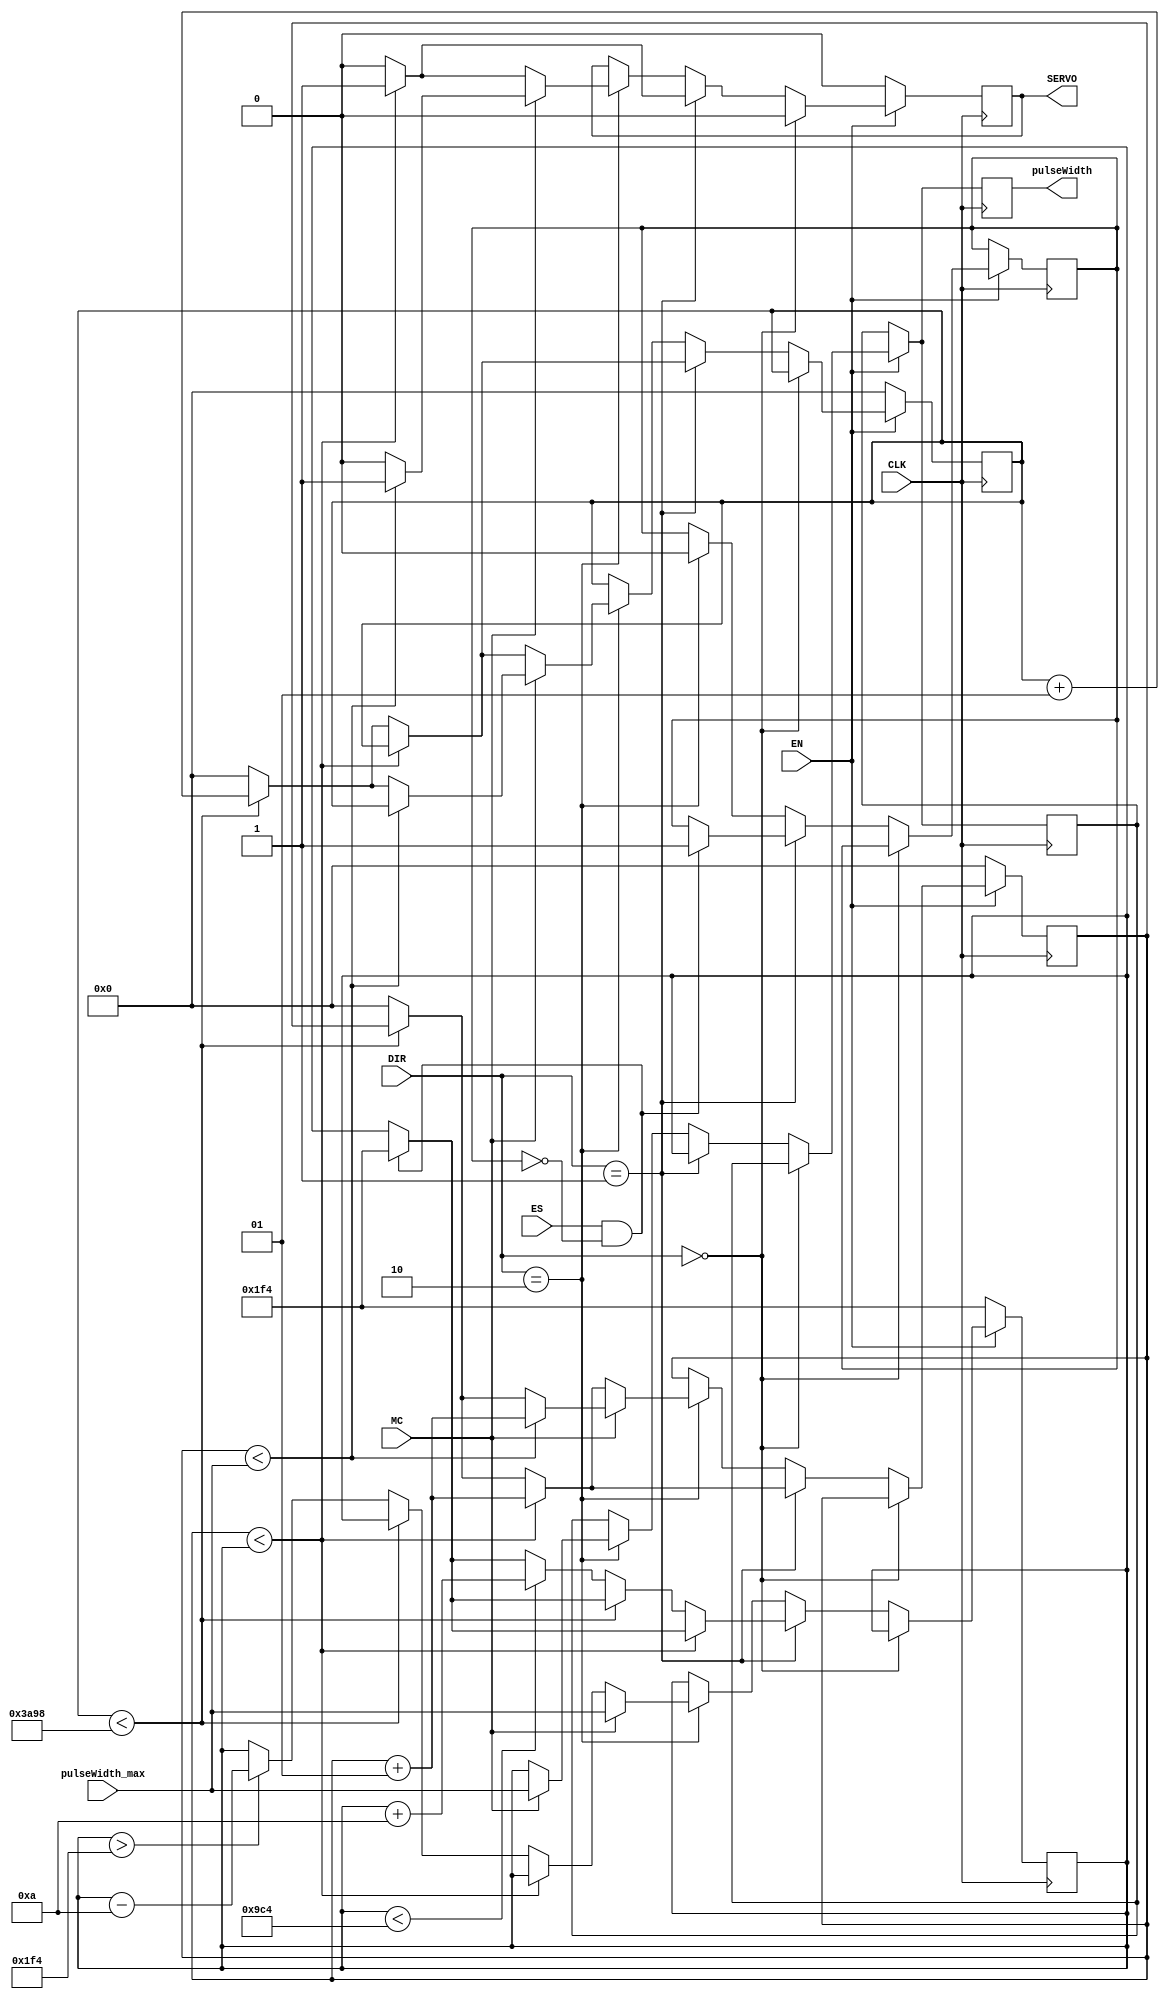
`timescale 1ns / 100ps

module pwm_control(
   input wire CLK,
   // input wire RST,
   input wire [1:0] DIR,
   input wire EN,
   input wire MC,
   input wire ES, // enable sweep state FSM (HS or VS)
   input wire [31:0] pulseWidth_max,
   output reg [31:0] pulseWidth,
   // output reg PWM_limit_cw,
   output reg SERVO
);

parameter integer minPulseWidth = 500;
// parameter integer maxPulseWidth = 2500;
parameter integer inc_dec_interval = 10;

integer th_cntr = 0;
integer tl_cntr = 0;

reg tmp_flag = 1'b0;
integer tmp_th = minPulseWidth;
integer tmp_th_cw = minPulseWidth;
// integer tmp_th_ccw = maxPulseWidth;
integer time_low = 15000;

always @(posedge CLK) begin
   pulseWidth <= tmp_th;
   // PWM_limit_cw <= 1'b0;
   if (EN == 1'b1) begin
      if (DIR == 2'b00) begin
         SERVO <= 1'b0;
      end
      else if (DIR == 2'b01) begin
         if (ES == 1'b1 && tmp_flag == 1'b0) begin
            tmp_th_cw <= minPulseWidth;
            tmp_flag <= 1'b1;
         end 

         if (th_cntr < tmp_th_cw) begin
            th_cntr <= th_cntr + 1 ;
            SERVO <= 1'b1 ;
            tmp_th <= tmp_th_cw;
            // $display("tmp_th =",tmp_th);
            pulseWidth <= tmp_th_cw;
         end
         else if (tl_cntr < time_low) begin
            tl_cntr <= tl_cntr + 1 ;
            SERVO <= 1'b0 ;
            tmp_th <= tmp_th_cw;
            // $display("tmp_th =",tmp_th);
            pulseWidth <= tmp_th_cw;
         end
         else begin
            if (tmp_th_cw < 2500) begin
               tl_cntr <= 0 ;
               th_cntr <= 0 ;
               SERVO <= 1'b0 ;
               tmp_th <= tmp_th_cw;
               // $display("tmp_th =",tmp_th);
               pulseWidth <= tmp_th_cw;
               tmp_th_cw <= tmp_th_cw + inc_dec_interval;
            end
            else begin 
               tl_cntr <= 0 ;
               th_cntr <= 0 ;
               SERVO <= 1'b0 ;
               tmp_th <= tmp_th_cw;
               // $display("tmp_th =",tmp_th);
               pulseWidth <= tmp_th_cw;
            end
         end
      end
      else if (DIR == 2'b10) begin
            tmp_flag <= 1'b0;
         if (MC == 1'b1) begin
            if (th_cntr < pulseWidth_max) begin
               // PWM_limit_cw <= 1'b1;
               th_cntr <= th_cntr + 1 ;
               SERVO <= 1'b1 ;
               $display("pulseWidth_max = ",pulseWidth_max);
               pulseWidth <= pulseWidth_max;
               tmp_th_cw <= pulseWidth_max;
               tmp_th <= pulseWidth_max;
            end
            else if (tl_cntr < time_low) begin
               // PWM_limit_cw <= 1'b1;
               tl_cntr <= tl_cntr + 1 ;
               SERVO <= 1'b0 ;
               $display("pulseWidth_max = ",pulseWidth_max);
               pulseWidth <= pulseWidth_max;
               tmp_th_cw <= pulseWidth_max;
               tmp_th <= pulseWidth_max;
            end
            else begin
               tl_cntr <= 0 ;
               th_cntr <= 0 ;
               SERVO <= 1'b0 ;
               $display("pulseWidth_max = ",pulseWidth_max);
               pulseWidth <= pulseWidth_max;
               tmp_th_cw <= pulseWidth_max;
               tmp_th <= pulseWidth_max;
               // PWM_limit_cw <= 1'b0;
            end

         end
         else if (th_cntr < tmp_th_cw) begin
            th_cntr <= th_cntr + 1 ;
            SERVO <= 1'b1 ;
            tmp_th <= tmp_th_cw;
            $display("tmp_th =",tmp_th);
            pulseWidth <= tmp_th_cw;
         end
         else if (tl_cntr < time_low) begin
            tl_cntr <= tl_cntr + 1 ;
            SERVO <= 1'b0 ;
            tmp_th <= tmp_th_cw;
            $display("tmp_th =",tmp_th);
            pulseWidth <= tmp_th_cw;
         end
         else begin
            if (tmp_th_cw > 500) begin
               tl_cntr <= 0 ;
               th_cntr <= 0 ;
               SERVO <= 1'b0 ;
               tmp_th <= tmp_th_cw;
               $display("tmp_th =",tmp_th);
               pulseWidth <= tmp_th_cw;
               tmp_th_cw <= tmp_th_cw - inc_dec_interval;
            end
            else begin
               tl_cntr <= 0 ;
               th_cntr <= 0 ;
               SERVO <= 1'b0 ;
               tmp_th <= tmp_th_cw;
               $display("tmp_th =",tmp_th);
               pulseWidth <= tmp_th_cw;
            end
         end
      end
   end
   else begin
        th_cntr <= 0;
        tl_cntr <= 0;
        SERVO <= 1'b0;
        pulseWidth <= tmp_th;
        // tmp_th <= 0;
        tmp_th_cw <= minPulseWidth;
        // tmp_th_ccw <= maxPulseWidth;
    end
end

endmodule

// `timescale 1ns / 100ps
//
// module pwm_control(
//    input wire CLK,
//    input wire [1:0] DIR,
//    input wire EN,
//    input wire MC,
//    input wire [31:0] pulseWidth_max,
//    output reg [31:0] pulseWidth,
//    // output reg PWM_limit_cw,
//    output reg SERVO
// );
//
// parameter integer minPulseWidth = 500;
// parameter integer maxPulseWidth = 2500;
// parameter integer inc_dec_interval = 10;
//
// integer th_cntr = 0;
// integer tl_cntr = 0;
//
// integer tmp_th = minPulseWidth;
// integer tmp_th_cw = minPulseWidth;
// integer tmp_th_ccw = maxPulseWidth;
// integer time_low = 20000;
//
// always @(posedge CLK) begin
//    // PWM_limit_cw <= 1'b0;
//    pulseWidth <= tmp_th;
//    if (EN == 1'b1) begin
//       if (DIR == 2'b00) begin
//          SERVO <= 1'b0;
//       end
//       else if (DIR == 2'b01) begin
//          if (th_cntr < tmp_th_cw) begin
//             th_cntr <= th_cntr + 1 ;
//             SERVO <= 1'b1 ;
//             tmp_th <= tmp_th_cw;
//             // $display("tmp_th =",tmp_th);
//             pulseWidth <= tmp_th_cw;
//          end
//          else if (tl_cntr < time_low) begin
//             tl_cntr <= tl_cntr + 1 ;
//             SERVO <= 1'b0 ;
//             tmp_th <= tmp_th_cw;
//             // $display("tmp_th =",tmp_th);
//             pulseWidth <= tmp_th_cw;
//          end
//          else begin
//             if (tmp_th_cw < 2500) begin
//                tl_cntr <= 0 ;
//                th_cntr <= 0 ;
//                SERVO <= 1'b0 ;
//                tmp_th <= tmp_th_cw;
//                // $display("tmp_th =",tmp_th);
//                pulseWidth <= tmp_th_cw;
//                tmp_th_cw <= tmp_th_cw + inc_dec_interval;
//             end
//             else begin 
//                tl_cntr <= 0 ;
//                th_cntr <= 0 ;
//                SERVO <= 1'b0 ;
//                tmp_th <= tmp_th_cw;
//                // $display("tmp_th =",tmp_th);
//                pulseWidth <= tmp_th_cw;
//             end
//          end
//       end
//       else if (DIR == 2'b10) begin
//          if (MC) begin
//             if (th_cntr < pulseWidth_max) begin
//                // PWM_limit_cw <= 1'b1;
//                th_cntr <= th_cntr + 1 ;
//                SERVO <= 1'b1 ;
//                $display("pulseWidth_max = ",pulseWidth_max);
//                pulseWidth <= pulseWidth_max;
//             end
//             else if (tl_cntr < time_low) begin
//                // PWM_limit_cw <= 1'b1;
//                tl_cntr <= tl_cntr + 1 ;
//                SERVO <= 1'b0 ;
//                $display("pulseWidth_max = ",pulseWidth_max);
//                pulseWidth <= pulseWidth_max;
//             end
//             else begin
//                tl_cntr <= 0 ;
//                th_cntr <= 0 ;
//                SERVO <= 1'b0 ;
//                $display("pulseWidth_max = ",pulseWidth_max);
//                pulseWidth <= pulseWidth_max;
//                // PWM_limit_cw <= 1'b0;
//             end
//
//          end
//          else if (th_cntr < tmp_th_ccw) begin
//             th_cntr <= th_cntr + 1 ;
//             SERVO <= 1'b1 ;
//             tmp_th <= tmp_th_ccw;
//             $display("tmp_th =",tmp_th);
//             pulseWidth <= tmp_th_ccw;
//          end
//          else if (tl_cntr < time_low) begin
//             tl_cntr <= tl_cntr + 1 ;
//             SERVO <= 1'b0 ;
//             tmp_th <= tmp_th_ccw;
//             $display("tmp_th =",tmp_th);
//             pulseWidth <= tmp_th_ccw;
//          end
//          else begin
//             if (tmp_th_cw > 500) begin
//                tl_cntr <= 0 ;
//                th_cntr <= 0 ;
//                SERVO <= 1'b0 ;
//                tmp_th <= tmp_th_ccw;
//                $display("tmp_th =",tmp_th);
//                pulseWidth <= tmp_th_ccw;
//                tmp_th_ccw <= tmp_th_ccw - inc_dec_interval;
//             end
//             else begin
//                tl_cntr <= 0 ;
//                th_cntr <= 0 ;
//                SERVO <= 1'b0 ;
//                tmp_th <= tmp_th_ccw;
//                $display("tmp_th =",tmp_th);
//                pulseWidth <= tmp_th_ccw;
//             end
//          end
//       end
//    end
//    else begin
//         th_cntr <= 0;
//         tl_cntr <= 0;
//         SERVO <= 1'b0;
//         pulseWidth <= tmp_th;
//         // tmp_th <= 0;
//         tmp_th_cw <= minPulseWidth;
//         tmp_th_ccw <= maxPulseWidth;
//     end
// end
//
// endmodule

// `timescale 1ns / 100ps
//
// module pwm_control(
//     input wire CLK,
//     input wire [1:0] DIR,
//     input wire EN,
//     output reg [31:0] pulseWidth,
//     output reg SERVO
// );
//
// parameter integer minPulseWidth = 500;
// parameter integer maxPulseWidth = 2500;
// parameter integer inc_dec_interval = 10;
//
// integer th_cntr = 0;
// integer tl_cntr = 0;
//
// integer tmp_th = 0;
// integer tmp_th_cw = minPulseWidth;
// integer tmp_th_ccw = maxPulseWidth;
// integer time_low = 20000;
//
// always @(posedge CLK,DIR) begin
//    pulseWidth <= 1500;
//     if (EN == 1'b1) begin
//         if (DIR == 2'b00) begin
//             SERVO <= 1'b0;
//         end
//         else if (DIR == 2'b01) begin
//             if (th_cntr < tmp_th_cw) begin
//                 th_cntr <= th_cntr + 1 ;
//                 SERVO <= 1'b1 ;
//                 // tmp_th <= tmp_th_cw;
//                 // $display("tmp_th =",tmp_th);
//                 pulseWidth <= tmp_th_cw;
//             end
//             else if (tl_cntr < time_low) begin
//                 tl_cntr <= tl_cntr + 1 ;
//                 SERVO <= 1'b0 ;
//                 // tmp_th <= tmp_th_cw;
//                 // $display("tmp_th =",tmp_th);
//                 pulseWidth <= tmp_th_cw;
//             end
//             else begin
//                 tl_cntr <= 0 ;
//                 th_cntr <= 0 ;
//                 SERVO <= 1'b0 ;
//                 // tmp_th <= tmp_th_cw;
//                 // $display("tmp_th =",tmp_th);
//                 pulseWidth <= tmp_th_cw;
//                 tmp_th_cw <= tmp_th_cw + inc_dec_interval;
//             end
//         end
//         else if (DIR == 2'b10) begin
//             if (th_cntr < tmp_th_ccw) begin
//                 th_cntr <= th_cntr + 1 ;
//                 SERVO <= 1'b1 ;
//                 // tmp_th <= tmp_th_ccw;
//                 // $display("tmp_th =",tmp_th);
//                 pulseWidth <= tmp_th_ccw;
//             end
//             else if (tl_cntr < time_low) begin
//                 tl_cntr <= tl_cntr + 1 ;
//                 SERVO <= 1'b0 ;
//                 // tmp_th <= tmp_th_ccw;
//                 // $display("tmp_th =",tmp_th);
//                 pulseWidth <= tmp_th_ccw;
//             end
//             else begin
//                 tl_cntr <= 0 ;
//                 th_cntr <= 0 ;
//                 SERVO <= 1'b0 ;
//                 // tmp_th <= tmp_th_ccw;
//                 // $display("tmp_th =",tmp_th);
//                 pulseWidth <= tmp_th_ccw;
//                 tmp_th_ccw <= tmp_th_ccw - inc_dec_interval;
//             end
//         end
//     end
//     else begin
//         th_cntr <= 0;
//         tl_cntr <= 0;
//         SERVO <= 1'b0;
//         // pulseWidth <= 16'b0;
//         // tmp_th <= 0;
//         tmp_th_cw <= minPulseWidth;
//         tmp_th_ccw <= maxPulseWidth;
//     end
// end
//
// endmodule


// `timescale 1 ns / 100 ps
//
// module pwm_control (
//    input wire CLK,
//    input wire EN,
//    input wire [1:0] DIR,
//    output wire SERVO,
//    output reg [15:0] servo_position
// );
//
// parameter [15:0] pwm_high_min = 500; // Set appropriate values based on your clock frequency
// parameter [15:0] pwm_high_max = 2500; // Set appropriate values based on your clock frequency
// parameter [15:0] pwm_period = 20000;   // Set appropriate values based on your clock frequency
//
// reg [15:0] pwm_counter = 0 ;
// reg [15:0] pwm_threshold = pwm_high_min;
// reg [15:0] servo_position_tmp = 0;
//
// always @(posedge CLK) begin
//    // pwm_counter <= 0;
//    // pwm_threshold <= pwm_high_min;
//    servo_position <= servo_position_tmp;
//    if (EN) begin
//       if (pwm_counter >= pwm_period) begin
//          pwm_counter <= 0;
//          case (DIR)
//             2'b01: if (servo_position_tmp < 180) servo_position_tmp <= servo_position_tmp + 1;
//             2'b10: if (servo_position_tmp > 0) servo_position_tmp <= servo_position_tmp - 1;
//             default: servo_position_tmp <= servo_position_tmp;
//          endcase
//          pwm_threshold = pwm_high_min + ((pwm_high_max - pwm_high_min) * servo_position_tmp) / 180;
//       end 
//       else begin
//          pwm_counter <= pwm_counter + 1;
//       end
//     end 
//  end
//
//  assign SERVO = (pwm_counter < pwm_threshold);
//
//  endmodule

// `timescale 1 ns / 100 ps
//
// module pwm_control(
//    input wire CLK,
//    input wire [1:0] DIR,
//    input wire EN,
//    output reg SERVO
// );
//
// // the clk used is the 100 MHz reduced by a 100 factor so 1Mhz therefore the
// // period is 1us and this constant are to be viewed in us
// // This are the simulation constants for a more compact pwm signal
//  integer time_high_stopped = 15 ; // 15 us
//  integer time_high_ccw = 16 ;
//  integer time_high_cw = 14 ;
//  integer time_low = 200 ;
//
// // OLD_This are the effective constants to be used
// //integer time_high_stopped = 1500 ; // 1.5 ms
// //integer time_high_ccw = 1520 ;
// //integer time_high_cw = 1480 ;
// //integer time_low = 20000 ;
//
// // This are the effective constants to be used for 
// // integer time_high_stopped = 1500 ; // 1.5 ms
// // integer time_high_ccw = 2000 ;
// // integer time_high_cw = 980 ;
// // integer time_low = 20000 ;  
//
// //change time_high and time_low to change the period and duty cycle of the pwm wave (1300 = ccw, 1500 = stopped, 1700 = cw)
//
// integer th_cntr = 0;
// integer tl_cntr = 0;
//
// // Due to the fact that it changes at every rising edge of clk it always 
// always @(CLK, DIR, EN) begin
//    if (EN == 1'b1) begin
//       // stopping the servos
//       if (CLK == 1'b1) begin
//          if (DIR == 2'b00) begin
//              if (tl_cntr < time_low) begin
//                 tl_cntr <= tl_cntr + 1 ;
//                 SERVO <= 1'b0 ;
//              end
//              else if (th_cntr < time_high_stopped) begin
//                 th_cntr <= th_cntr + 1 ;
//                 SERVO <= 1'b0 ;
//              end
//              else begin
//                 tl_cntr <= 0 ;
//                 th_cntr <= 0 ;
//                 SERVO <= 1'b0 ;
//              end
//             tl_cntr <= 0 ;
//             th_cntr <= 0 ;
//             SERVO <= 1'b0 ;
//          end // stopping the servos
//
//          // servo clockwise
//          else if (DIR == 2'b01) begin
//             if (tl_cntr < time_low) begin
//                tl_cntr <= tl_cntr + 1 ;
//                SERVO <= 1'b0 ;
//             end
//             else if (th_cntr < time_high_cw) begin
//                th_cntr <= th_cntr + 1 ;
//                SERVO <= 1'b1 ;
//             end
//             else begin
//                tl_cntr <= 0 ;
//                th_cntr <= 0 ;
//                SERVO <= 1'b0 ;
//             end
//          end // servo clockwise
//
//          // servo counter-clockwise
//          else if (DIR == 2'b10) begin
//             if (tl_cntr < time_low) begin
//                tl_cntr <= tl_cntr + 1 ;
//                SERVO <= 1'b0 ;
//             end
//             else if (th_cntr < time_high_ccw) begin
//                th_cntr <= th_cntr + 1 ;
//                SERVO <= 1'b1 ;
//             end
//             else begin
//                tl_cntr <= 0 ;
//                th_cntr <= 0 ;
//                SERVO <= 1'b0 ;
//             end
//          end // servo counter-clockwise
//       end // if enable
//    end
// end // always
//
// endmodule